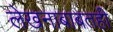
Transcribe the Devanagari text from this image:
लेखनाबाबतही